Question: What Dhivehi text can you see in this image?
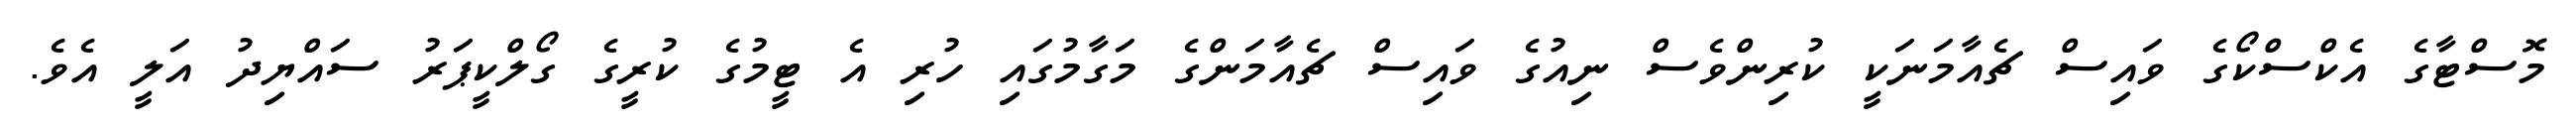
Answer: މޮސްޓާގެ އެކްސްކޯގެ ވައިސް ޗެއާމަނަކީ ކުރިންވެސް ނިއުގެ ވައިސް ޗެއާމަންގެ މަގާމުގައި ހުރި އެ ޓީމުގެ ކުރީގެ ގޯލްކީޕަރު ސައްޔިދު އަލީ އެވެ.